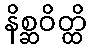
နိစ္ဆဝိတ္ထိ